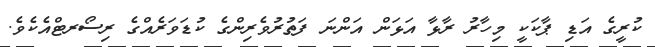
ކުރީގެ އަޑި ޕާކަކީ މިހާރު ރާޅާ އަޅަން އަންނަ ފަތުރުވެރިންގެ ކުޑަވަރެއްގެ ރިސޯރޓްއެކެވެ.